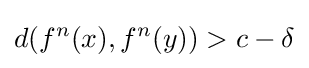
d(f^{n}(x),f^{n}(y))>c-\delta